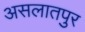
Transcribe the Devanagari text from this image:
असलातपुर